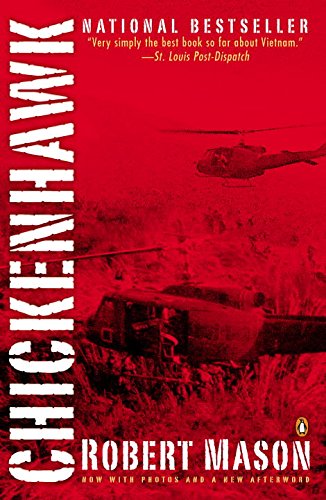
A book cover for Chickenhawk; Robert Mason; History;